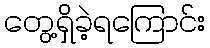
တွေ့ရှိခဲ့ရကြောင်း